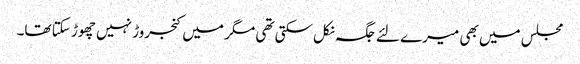
مجلس میں بھی میرے لئے جگہ نکل سکتی تھی مگر میں کنجروڑ نہیں چھوڑ سکتا تھا۔